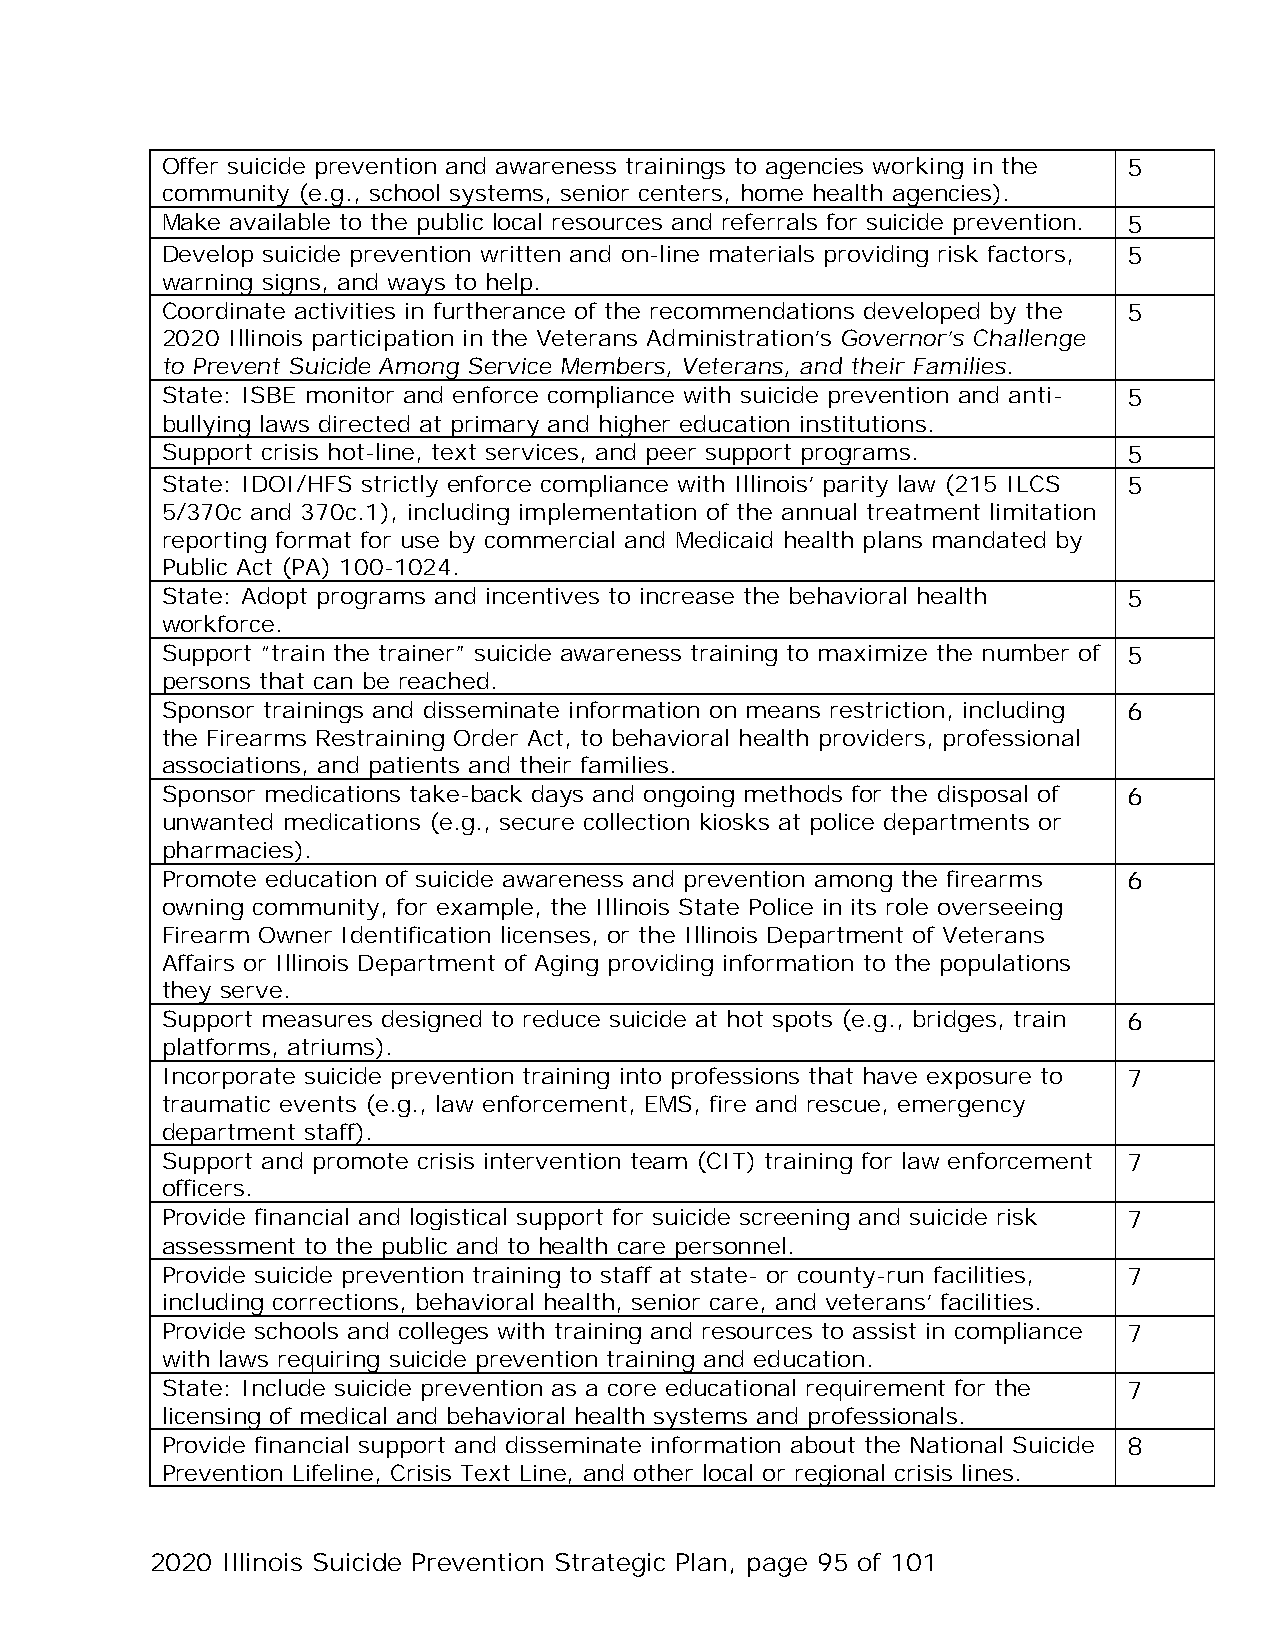
Offer suicide prevention and awareness trainings to agencies working in the 5
 community (e.g., school systems, senior centers, home health agencies).
 Make available to the public local resources and referrals for suicide prevention. 5
 Develop suicide prevention written and on-line materials providing risk factors, 5
 warning signs, and ways to help.
 Coordinate activities in furtherance of the recommendations developed by the 5
 2020 Illinois participation in the Veterans Administration’s Governor’s Challenge
 to Prevent Suicide Among Service Members, Veterans, and their Families.
 State: ISBE monitor and enforce compliance with suicide prevention and anti- 5
 bullying laws directed at primary and higher education institutions.
 Support crisis hot-line, text services, and peer support programs. 5
 State: IDOI/HFS strictly enforce compliance with Illinois’ parity law (215 ILCS 5
 5/370c and 370c.1), including implementation of the annual treatment limitation
 reporting format for use by commercial and Medicaid health plans mandated by
 Public Act (PA) 100-1024.
 State: Adopt programs and incentives to increase the behavioral health 5
 workforce.
 Support “train the trainer” suicide awareness training to maximize the number of 5
 persons that can be reached.
 Sponsor trainings and disseminate information on means restriction, including 6
 the Firearms Restraining Order Act, to behavioral health providers, professional
 associations, and patients and their families.
 Sponsor medications take-back days and ongoing methods for the disposal of 6
 unwanted medications (e.g., secure collection kiosks at police departments or
 pharmacies).
 Promote education of suicide awareness and prevention among the firearms 6
 owning community, for example, the Illinois State Police in its role overseeing
 Firearm Owner Identification licenses, or the Illinois Department of Veterans
 Affairs or Illinois Department of Aging providing information to the populations
 they serve.
 Support measures designed to reduce suicide at hot spots (e.g., bridges, train 6
 platforms, atriums).
 Incorporate suicide prevention training into professions that have exposure to 7
 traumatic events (e.g., law enforcement, EMS, fire and rescue, emergency
 department staff).
 Support and promote crisis intervention team (CIT) training for law enforcement 7
 officers.
 Provide financial and logistical support for suicide screening and suicide risk 7
 assessment to the public and to health care personnel.
 Provide suicide prevention training to staff at state- or county-run facilities, 7
 including corrections, behavioral health, senior care, and veterans’ facilities.
 Provide schools and colleges with training and resources to assist in compliance 7
 with laws requiring suicide prevention training and education.
 State: Include suicide prevention as a core educational requirement for the 7
 licensing of medical and behavioral health systems and professionals.
 Provide financial support and disseminate information about the National Suicide 8
 Prevention Lifeline, Crisis Text Line, and other local or regional crisis lines.
 2020 Illinois Suicide Prevention Strategic Plan, page 95 of 101